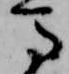
馬